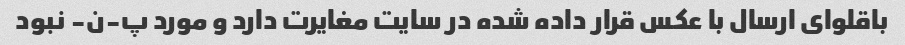
باقلوای ارسال با عکس قرار داده شده در سایت مغایرت دارد و مورد پ-ن- نبود